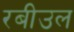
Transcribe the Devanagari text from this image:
रबीउल